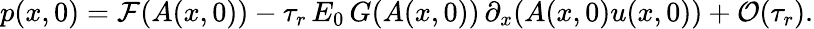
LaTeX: p(x,0)=\mathcal{F}(A(x,0))-\tau_{r}\, E_{0}\, G(A(x,0))\, \partial_{x}(A(x,0)u(x,0))+\mathcal{{O}}(\tau_{r}).